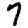
Digit: 7